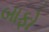
બાફો